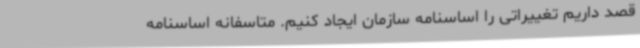
قصد داریم تغییراتی را اساسنامه سازمان ایجاد کنیم. متاسفانه اساسنامه